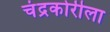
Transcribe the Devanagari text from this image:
चंद्रकोरीला